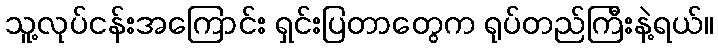
သူ့လုပ်ငန်းအကြောင်း ရှင်းပြတာတွေက ရုပ်တည်ကြီးနဲ့ရယ်။